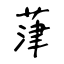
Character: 葏